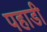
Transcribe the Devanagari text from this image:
पहाडी